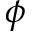
\phi